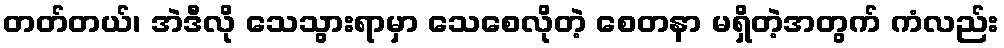
တတ်တယ်၊ အဲဒီလို သေသွားရာမှာ သေစေလိုတဲ့ စေတနာ မရှိတဲ့အတွက် ကံလည်း